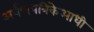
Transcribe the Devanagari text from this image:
अर्पणपत्रिकेआधी